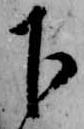
下